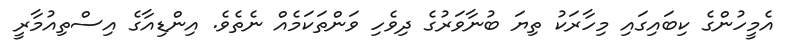
އެމީހުންގެ ކިބައިގައި މިހާރަކު ތިޔަ ބުނާވަރުގެ ދިވެހި ވަންތަކަމެއް ނެތެވެ. އިންޑިއާގެ އިސްތިއުމާރީ